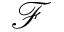
\mathscr { F }